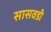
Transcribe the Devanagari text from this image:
सासवडी